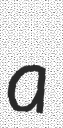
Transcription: a